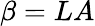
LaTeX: \beta=LA